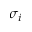
\sigma _ { i }